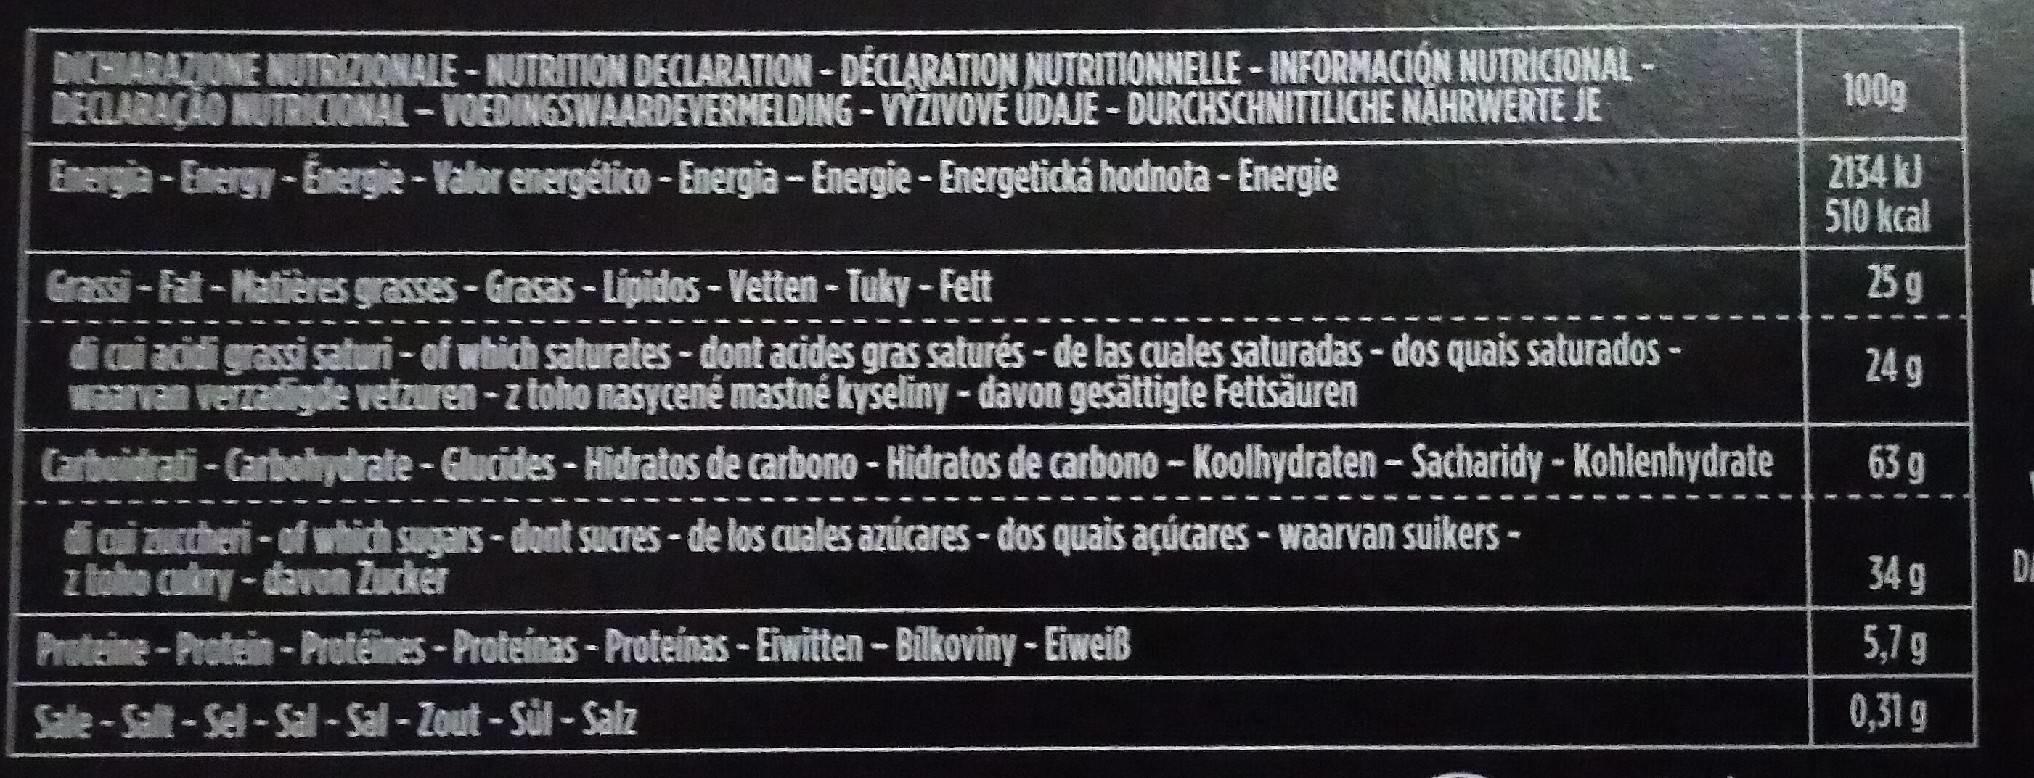
DICHIARAZIONE NUTRIZIONALE - NUTRITION DECLARATION - DÉCLARATION NUTRITIONNELLE - INFORMACION NUTRICIONAL - DECLARAÇÃO NUTRICIONAL-VOEDINGSWAARDEVERMELDING-VÝŽIVOVÉ ÚDAJE - DURCHSCHNITTLICHE NÄHRWERTE JE
100g
Energia-Energy-Emergie-Valor energético - Energia - Energie- Energetická hodnota - Energie
2134 kJ 510 kcal
Grassi- Fat-Matières grasses-Grasas-Lipidos-Vetten- Tuky-Fett
25 g
di cui acidi grassi saturi - of which saturates- dont acides gras saturés - de las cuales saturadas - dos quais saturados - Warvan verzadigde vetzuren-z toho nasycené mastné kyseliny - davon gesättigte Fettsäuren
24 9
Carboidrati - Carbohydrate - Glucides - Hidratos de carbono - Hidratos de carbono - Koolhydraten - Sacharidy-Kohlenhydrate
63 g
di cai zuccheri - of which sugars-dont sucres - de los cuales azúcares - dos quais açúcares- waarvan suikers - z toho cukry - davon Zucker
34 g
DA
Proteine-Protein-Protéines-Proteinas - Proteinas - Eiwitten -Bilkoviny - Eiweiß
5,7 g
Sale-Sallt-Sel-Sal -Sal-Zout-Sül-Salz
0,31 g